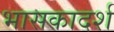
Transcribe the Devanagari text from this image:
भासकादर्श